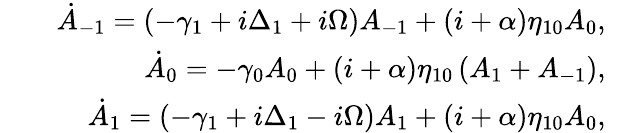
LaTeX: \begin{array}{rlr}&{}&{\dot{A}_{-1}=(-\gamma_{1}+i\Delta_{1}+i\Omega)A_{-1}+(i+\alpha)\eta_{10}A_{0},\quad}\\ &{}&{\dot{A}_{0}=-\gamma_{0}A_{0}+(i+\alpha)\eta_{10}\left(A_{1}+A_{-1}\right),\quad}\\ &{}&{\dot{A}_{1}=(-\gamma_{1}+i\Delta_{1}-i\Omega)A_{1}+(i+\alpha)\eta_{10}A_{0},\quad}\end{array}